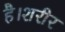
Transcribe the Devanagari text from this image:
है।शरीर